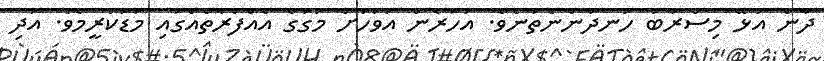
ދާން އުޅޭ މިސްރާބު ހަނދާންނެތުނެވެ. އަހަރެން އަވަހަށް މަގުގެ އެއްފަރާތެއްގައި މަޑުކުރީމެވެ. އަދި